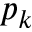
p _ { k }